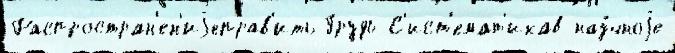
Распростран'ен'иjеправ'ить Грудь С'ист'емат'икав нау́чноjе